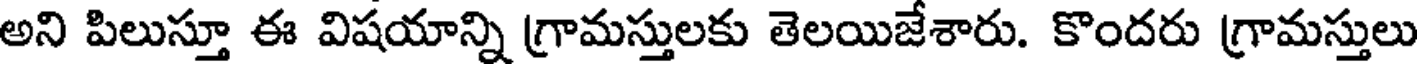
అని పిలుస్తూ ఈ విషయాన్ని గ్రామస్తులకు తెలయిజేశారు. కొందరు గ్రామస్తులు